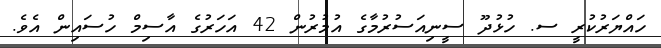
ހައްޔަރުކުރީ ސ. ހުޅުދޫ ސީނިއަސުރުމާގެ އުމުރުން 42 އަހަރުގެ އާސިމް ހުސައިން އެވެ.